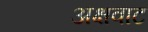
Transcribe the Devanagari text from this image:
अक्षवाट